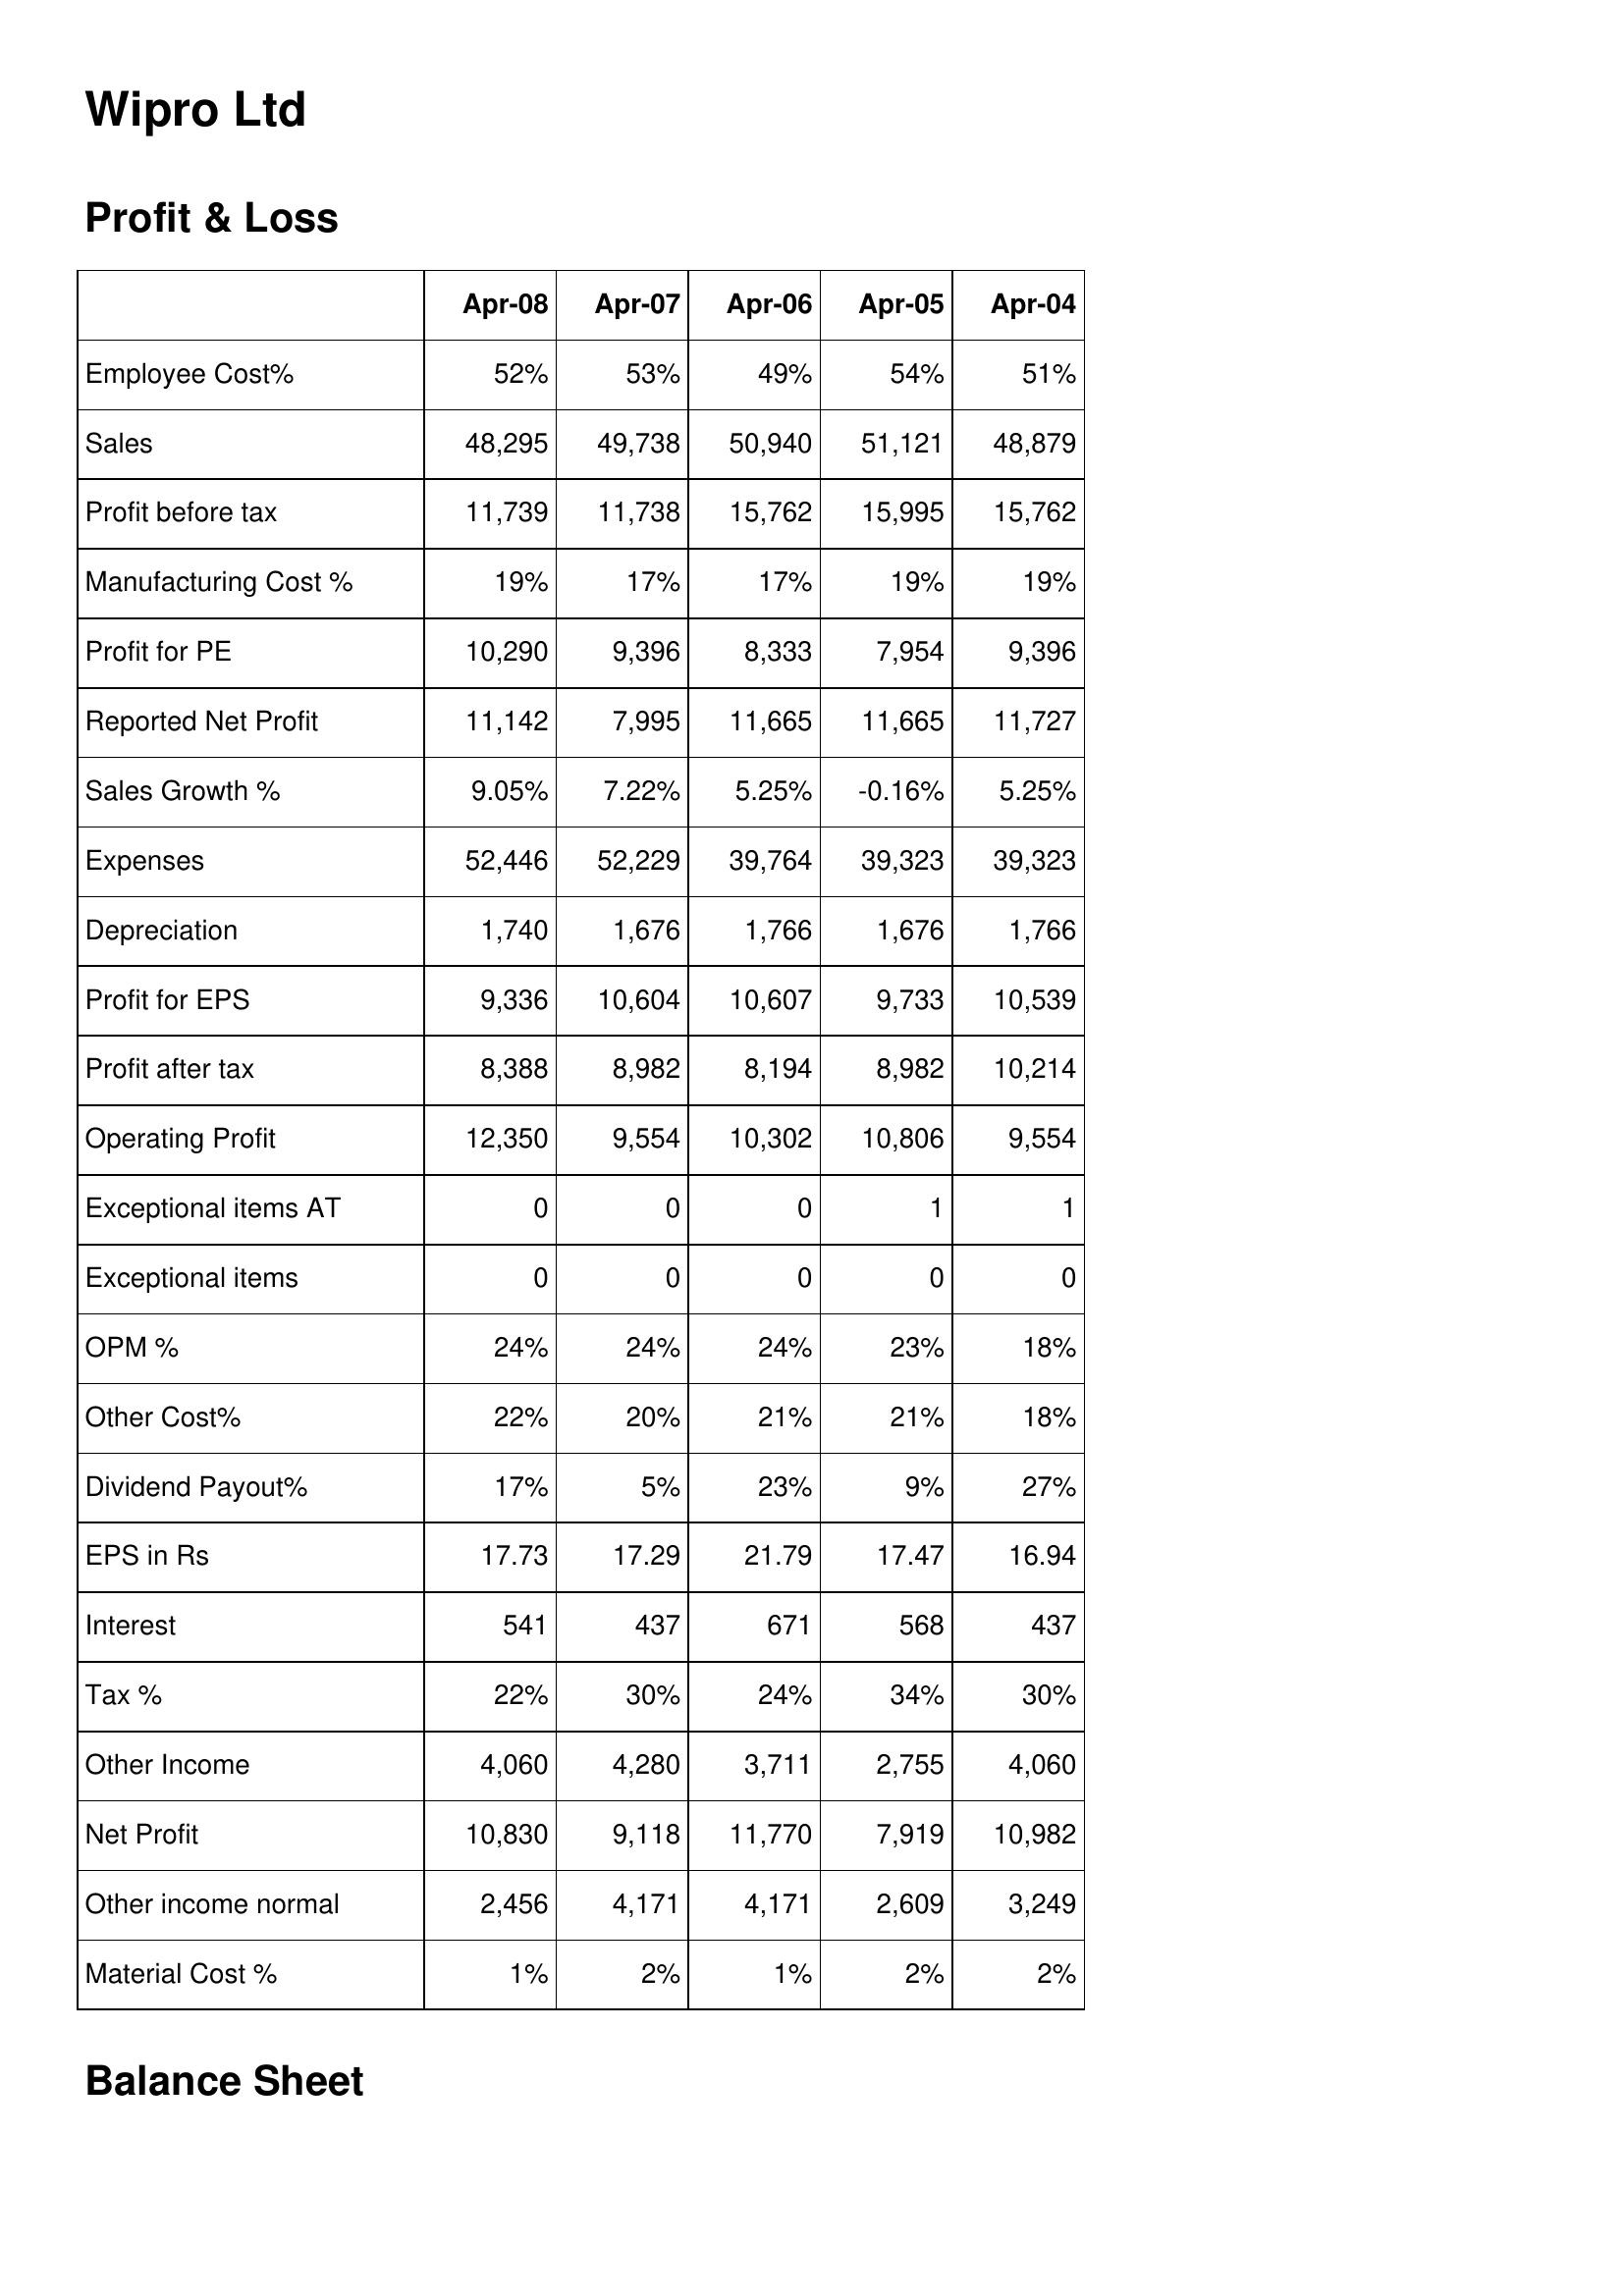
Apr-08: Profit & Loss: Employee Cost%: 52%
Sales: 48,295
Profit before tax: 11,739
Manufacturing Cost %: 19%
Profit for PE: 10,290
Reported Net Profit: 11,142
Sales Growth %: 9.05%
Expenses: 52,446
Depreciation: 1,740
Profit for EPS: 9,336
Profit after tax: 8,388
Operating Profit: 12,350
Exceptional items AT: 0
Exceptional items: 0
OPM %: 24%
Other Cost%: 22%
Dividend Payout%: 17%
EPS in Rs: 17.73
Interest: 541
Tax %: 22%
Other Income: 4,060
Net Profit: 10,830
Other income normal: 2,456
Material Cost %: 1%
Apr-07: Profit & Loss: Employee Cost%: 53%
Sales: 49,738
Profit before tax: 11,738
Manufacturing Cost %: 17%
Profit for PE: 9,396
Reported Net Profit: 7,995
Sales Growth %: 7.22%
Expenses: 52,229
Depreciation: 1,676
Profit for EPS: 10,604
Profit after tax: 8,982
Operating Profit: 9,554
Exceptional items AT: 0
Exceptional items: 0
OPM %: 24%
Other Cost%: 20%
Dividend Payout%: 5%
EPS in Rs: 17.29
Interest: 437
Tax %: 30%
Other Income: 4,280
Net Profit: 9,118
Other income normal: 4,171
Material Cost %: 2%
Apr-06: Profit & Loss: Employee Cost%: 49%
Sales: 50,940
Profit before tax: 15,762
Manufacturing Cost %: 17%
Profit for PE: 8,333
Reported Net Profit: 11,665
Sales Growth %: 5.25%
Expenses: 39,764
Depreciation: 1,766
Profit for EPS: 10,607
Profit after tax: 8,194
Operating Profit: 10,302
Exceptional items AT: 0
Exceptional items: 0
OPM %: 24%
Other Cost%: 21%
Dividend Payout%: 23%
EPS in Rs: 21.79
Interest: 671
Tax %: 24%
Other Income: 3,711
Net Profit: 11,770
Other income normal: 4,171
Material Cost %: 1%
Apr-05: Profit & Loss: Employee Cost%: 54%
Sales: 51,121
Profit before tax: 15,995
Manufacturing Cost %: 19%
Profit for PE: 7,954
Reported Net Profit: 11,665
Sales Growth %: -0.16%
Expenses: 39,323
Depreciation: 1,676
Profit for EPS: 9,733
Profit after tax: 8,982
Operating Profit: 10,806
Exceptional items AT: 1
Exceptional items: 0
OPM %: 23%
Other Cost%: 21%
Dividend Payout%: 9%
EPS in Rs: 17.47
Interest: 568
Tax %: 34%
Other Income: 2,755
Net Profit: 7,919
Other income normal: 2,609
Material Cost %: 2%
Apr-04: Profit & Loss: Employee Cost%: 51%
Sales: 48,879
Profit before tax: 15,762
Manufacturing Cost %: 19%
Profit for PE: 9,396
Reported Net Profit: 11,727
Sales Growth %: 5.25%
Expenses: 39,323
Depreciation: 1,766
Profit for EPS: 10,539
Profit after tax: 10,214
Operating Profit: 9,554
Exceptional items AT: 1
Exceptional items: 0
OPM %: 18%
Other Cost%: 18%
Dividend Payout%: 27%
EPS in Rs: 16.94
Interest: 437
Tax %: 30%
Other Income: 4,060
Net Profit: 10,982
Other income normal: 3,249
Material Cost %: 2%